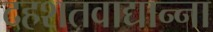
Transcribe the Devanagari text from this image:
दहशतवाद्यान्ना